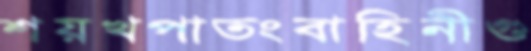
শয়খপাতংবাহিনীগু